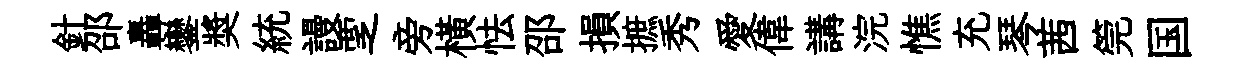
針邵轟鑾奬統謾覂旁横怯邵損摭秀愛偉講浣憔充琴茜筦国